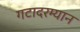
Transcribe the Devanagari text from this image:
गटादरम्यान